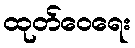
ထုတ်ဝေရေး